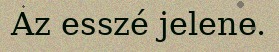
Az esszé jelene.